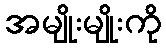
အမျိုးမျိုးကို